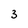
Character: 3